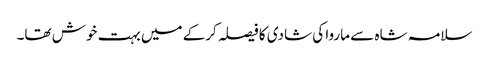
سلامہ شاہ سے ماروا کی شادی کا فیصلہ کرکے میں بہت خوش تھا۔